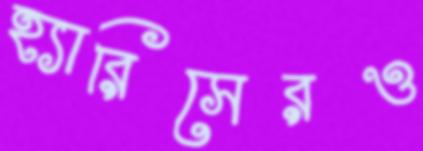
হ্যারিসেরও